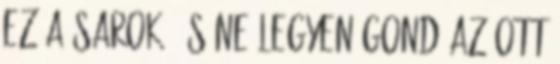
ez a sarok, és ne legyen gond az ott